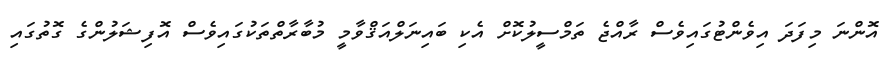
އޮންނަ މިފަދަ އިވެންޓުގައިވެސް ރާއްޖެ ތަމްސީލުކޮށް އެކި ބައިނަލްއަޤްވާމީ މުބާރާތްތަކުގައިވެސް އޮފިޝަލުންގެ ގޮތުގައި